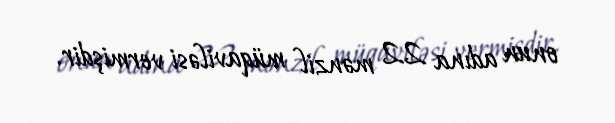
onun adına 22 mənzil müqaviləsi vermişdir.